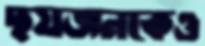
ছয়জনকেও